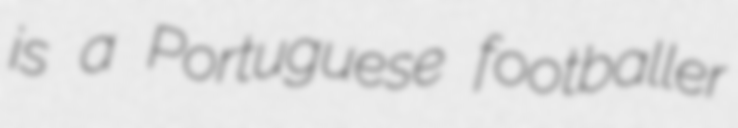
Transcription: is a Portuguese footballer